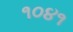
૧૦૪૧